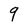
Character: 9